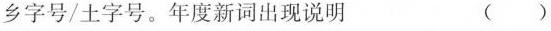
乡字号/土字号。年度新词出现说明 ()